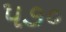
૫૭૦